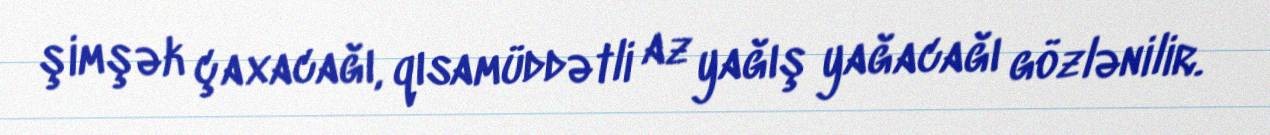
şimşək çaxacağı, qısamüddətli az yağış yağacağı gözlənilir.